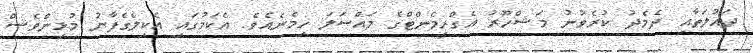
ދައުލަތާއި ދެމެދު ކުރެވުނު މަޝްހޫރު އެގްރީމެންޓްގެ މައްސަލަ ހިމެނެއެވެ. އެކަމުގައި އެކިލެގެފާނު މުޅިންވެސް